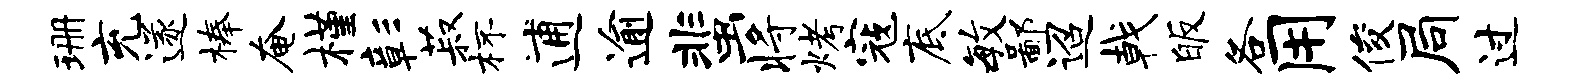
珊充遂榛奄槿彰菽杯逋逾蜚将烤寇底毓鄙迢戟皈各用俊局过